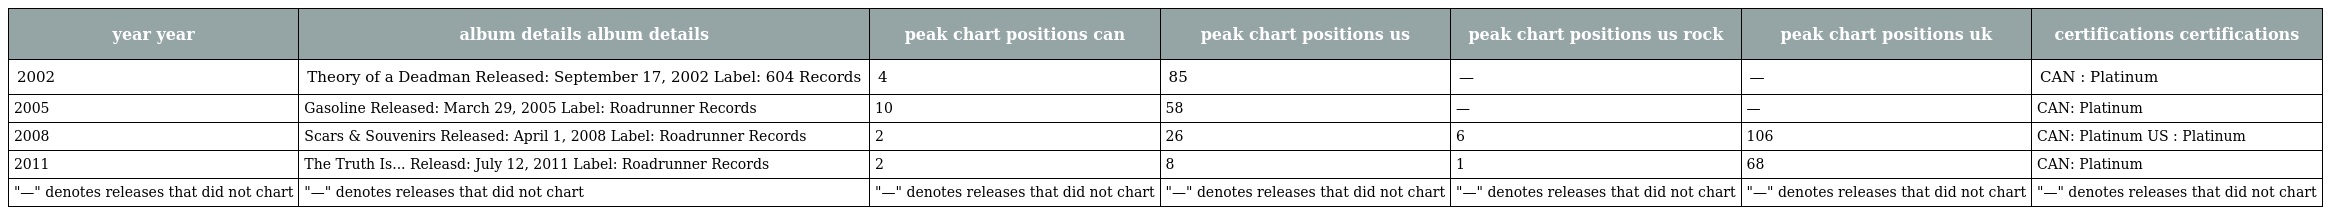
| year year | album details album details | peak chart positions can | peak chart positions us | peak chart positions us rock | peak chart positions uk | certifications certifications |
 | --- | --- | --- | --- | --- | --- | --- |
 | 2002 | Theory of a Deadman Released: September 17, 2002 Label: 604 Records | 4 | 85 | — | — | CAN : Platinum |
 | 2005 | Gasoline Released: March 29, 2005 Label: Roadrunner Records | 10 | 58 | — | — | CAN: Platinum |
 | 2008 | Scars & Souvenirs Released: April 1, 2008 Label: Roadrunner Records | 2 | 26 | 6 | 106 | CAN: Platinum US : Platinum |
 | 2011 | The Truth Is... Releasd: July 12, 2011 Label: Roadrunner Records | 2 | 8 | 1 | 68 | CAN: Platinum |
 | "—" denotes releases that did not chart | "—" denotes releases that did not chart | "—" denotes releases that did not chart | "—" denotes releases that did not chart | "—" denotes releases that did not chart | "—" denotes releases that did not chart | "—" denotes releases that did not chart |